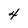
Character: 4